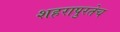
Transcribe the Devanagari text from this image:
शहरापुरतेच